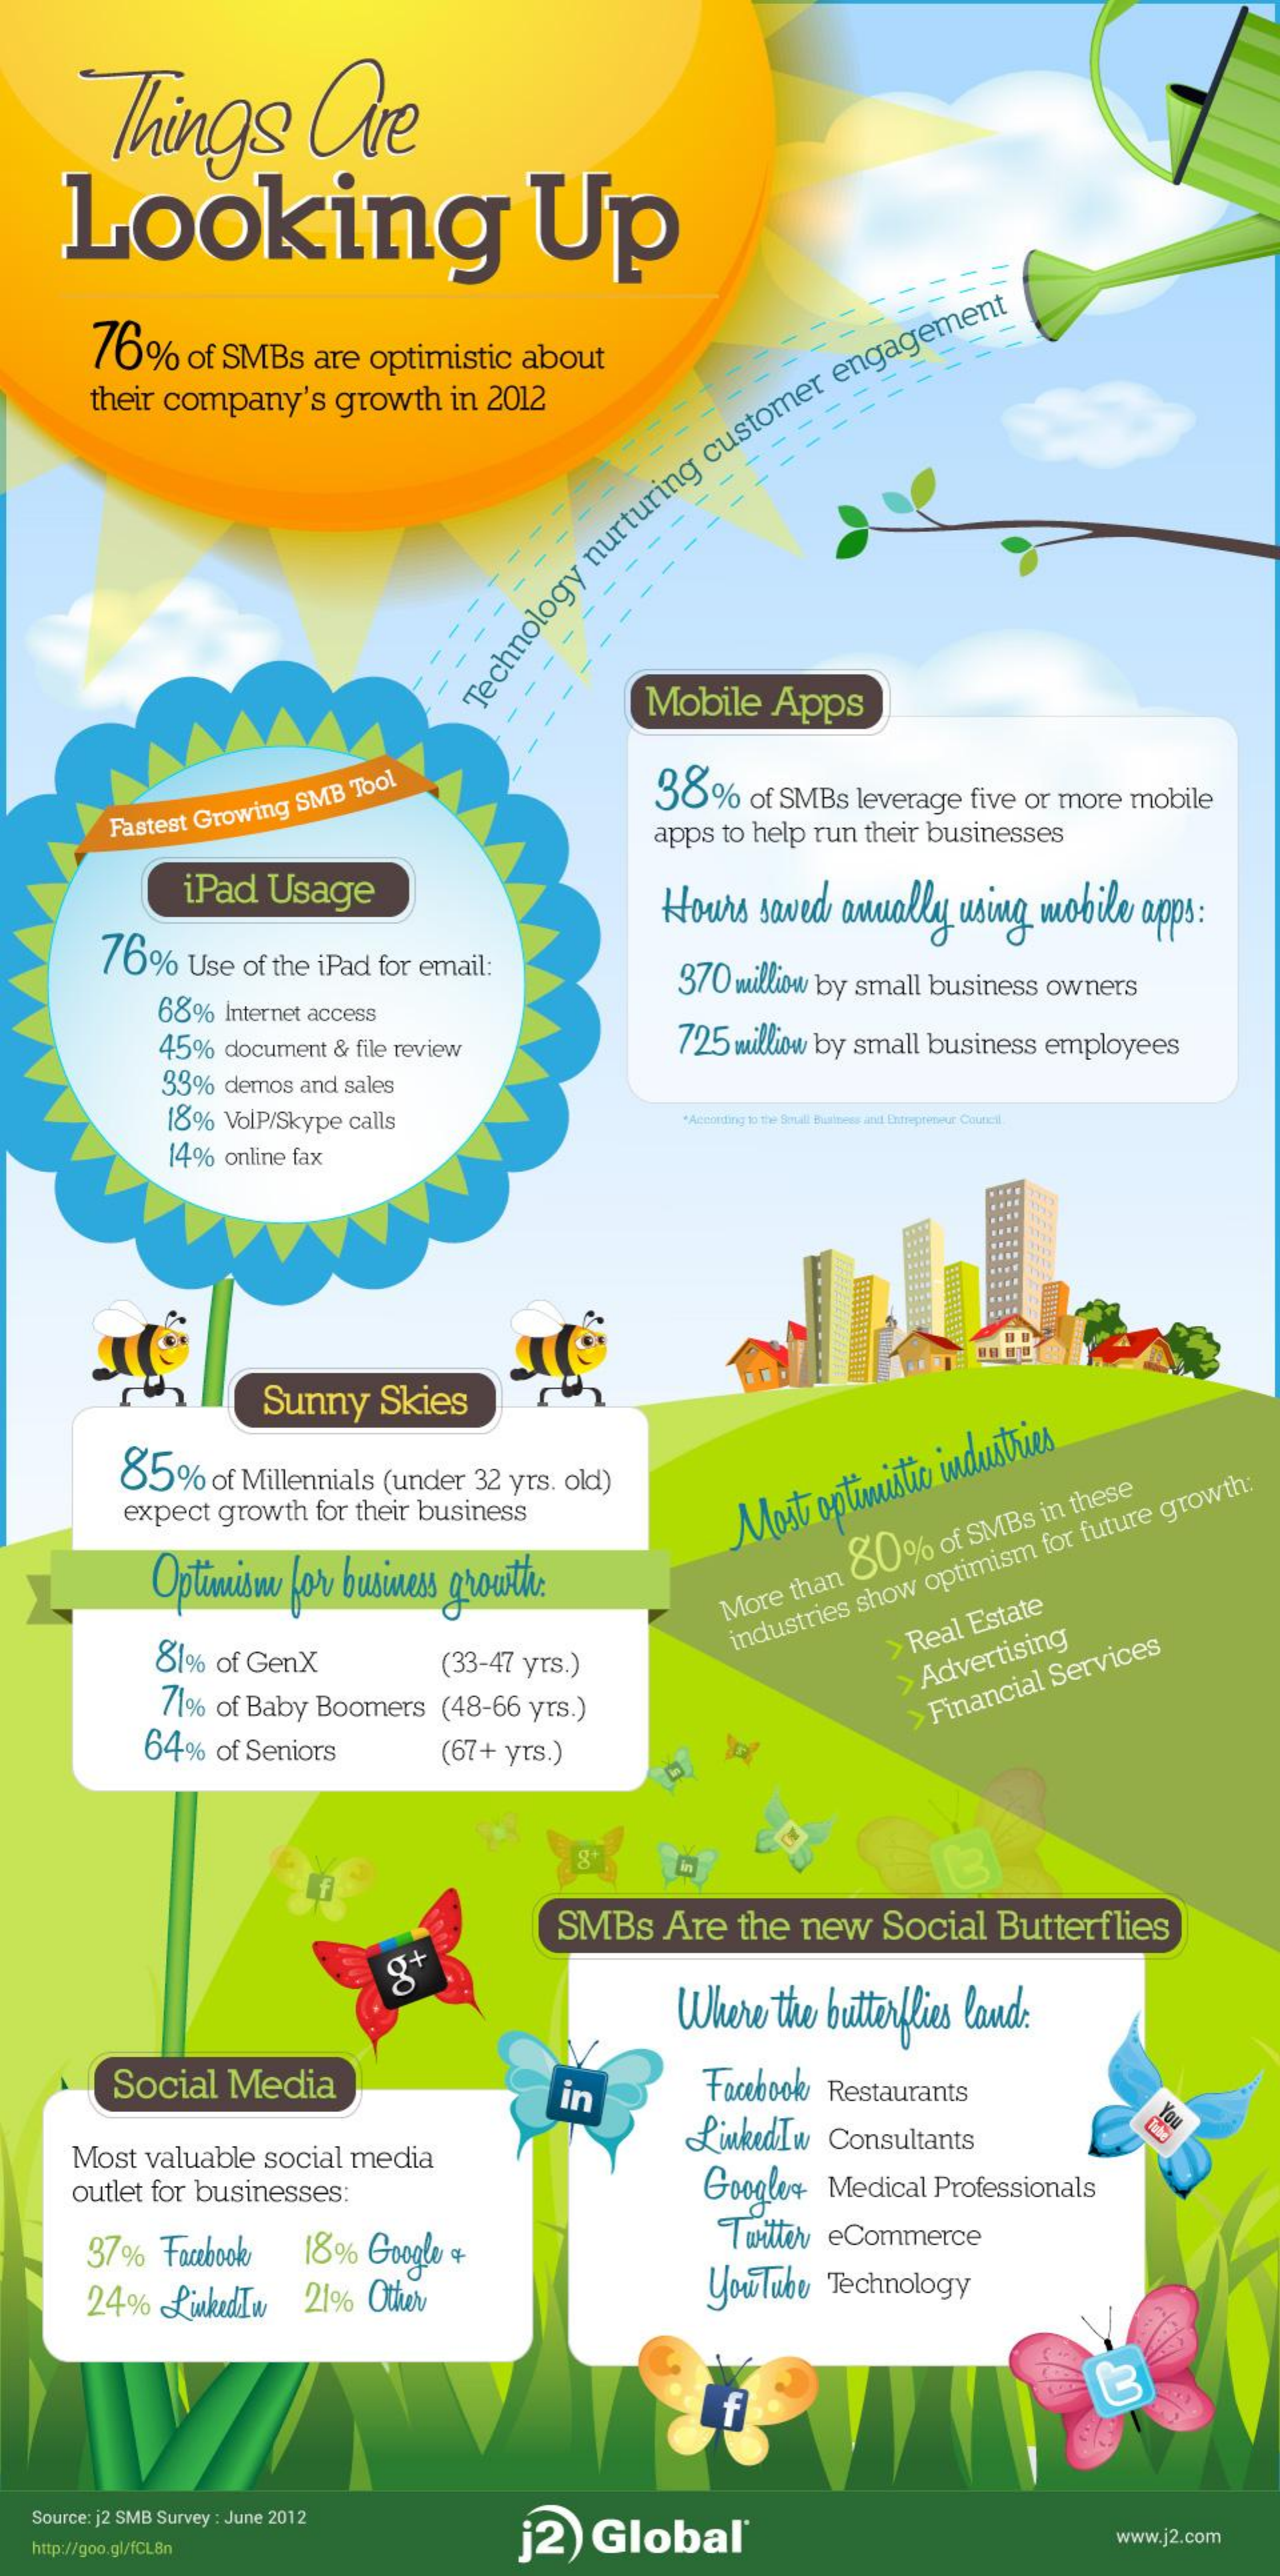
Things    Ore
     Looking    Up
     76%    of SMBs   are  optimistic  about
     their company's    growth   in 2012
     =======
     Technology
     nurturing
     customer
     engagement
     Mobile    Apps
     38%    of SMBs  leverage five or more mobile
     Fastest Growing SMB Tool
     apps to help run their businesses
     iPad   Usage    Hours   saved  anually  using  mobile  apps:
     76%    Use  of the iPad for email:    370 milliow by small business owners
     68%  Internet access
     45%  document & file review    725 milliow by small business employees
     33%  demos and sales
     18% VolP/Skype calls    "According to the Small Business and Entrepreneur Coute4.
     14% online fax
     Sunny    Skies
     85%    of Millennials (under 32 yrs. old)
     expect  growth  for their business
     Optimisme  for business growth.
     Most  optimistic industries
     More than 80%    of SMBs in these
     81%  of GenX    (33-47 yrs.)
     industries
     show
     optimism
     for future
     growth:
     > Real Estate
     71%  of Baby Boomers  (48-66  yrs.)
     >
     Advertising
     64%  of Seniors    (67+ yrs.)
     >
     Financial
     Services
     87
     SMBs    Are   the  new    Social   Butterflies
     g+
     Where  the butterflies land:
     Social  Media    in    Facebook Restaurants
     Most  valuable social media
     LinkedIw   Consultants
     outlet for businesses:    Google+   Medical Professionals
     37%   Facebook   18%   Google +    Twitter eCommerce
     24%   LinkedIw    21% Other    youTube   Technology
     f
     12
   Source: j2 SMB Survey : June 2012
     j2)   Global®
   http://goo.gl/fCL8n    www.j2.com